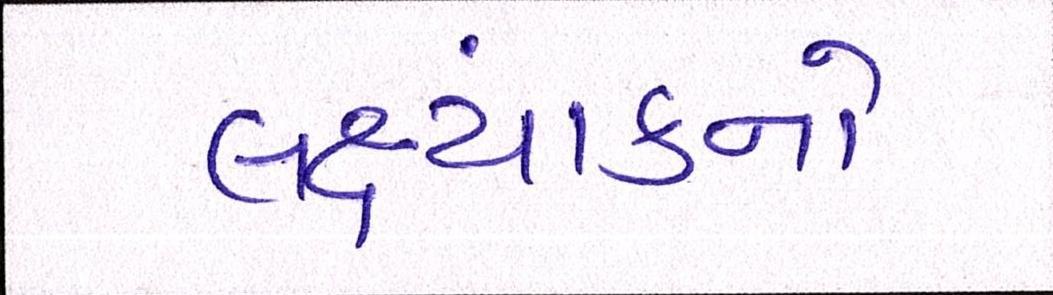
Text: લક્ષ્યાંકનો